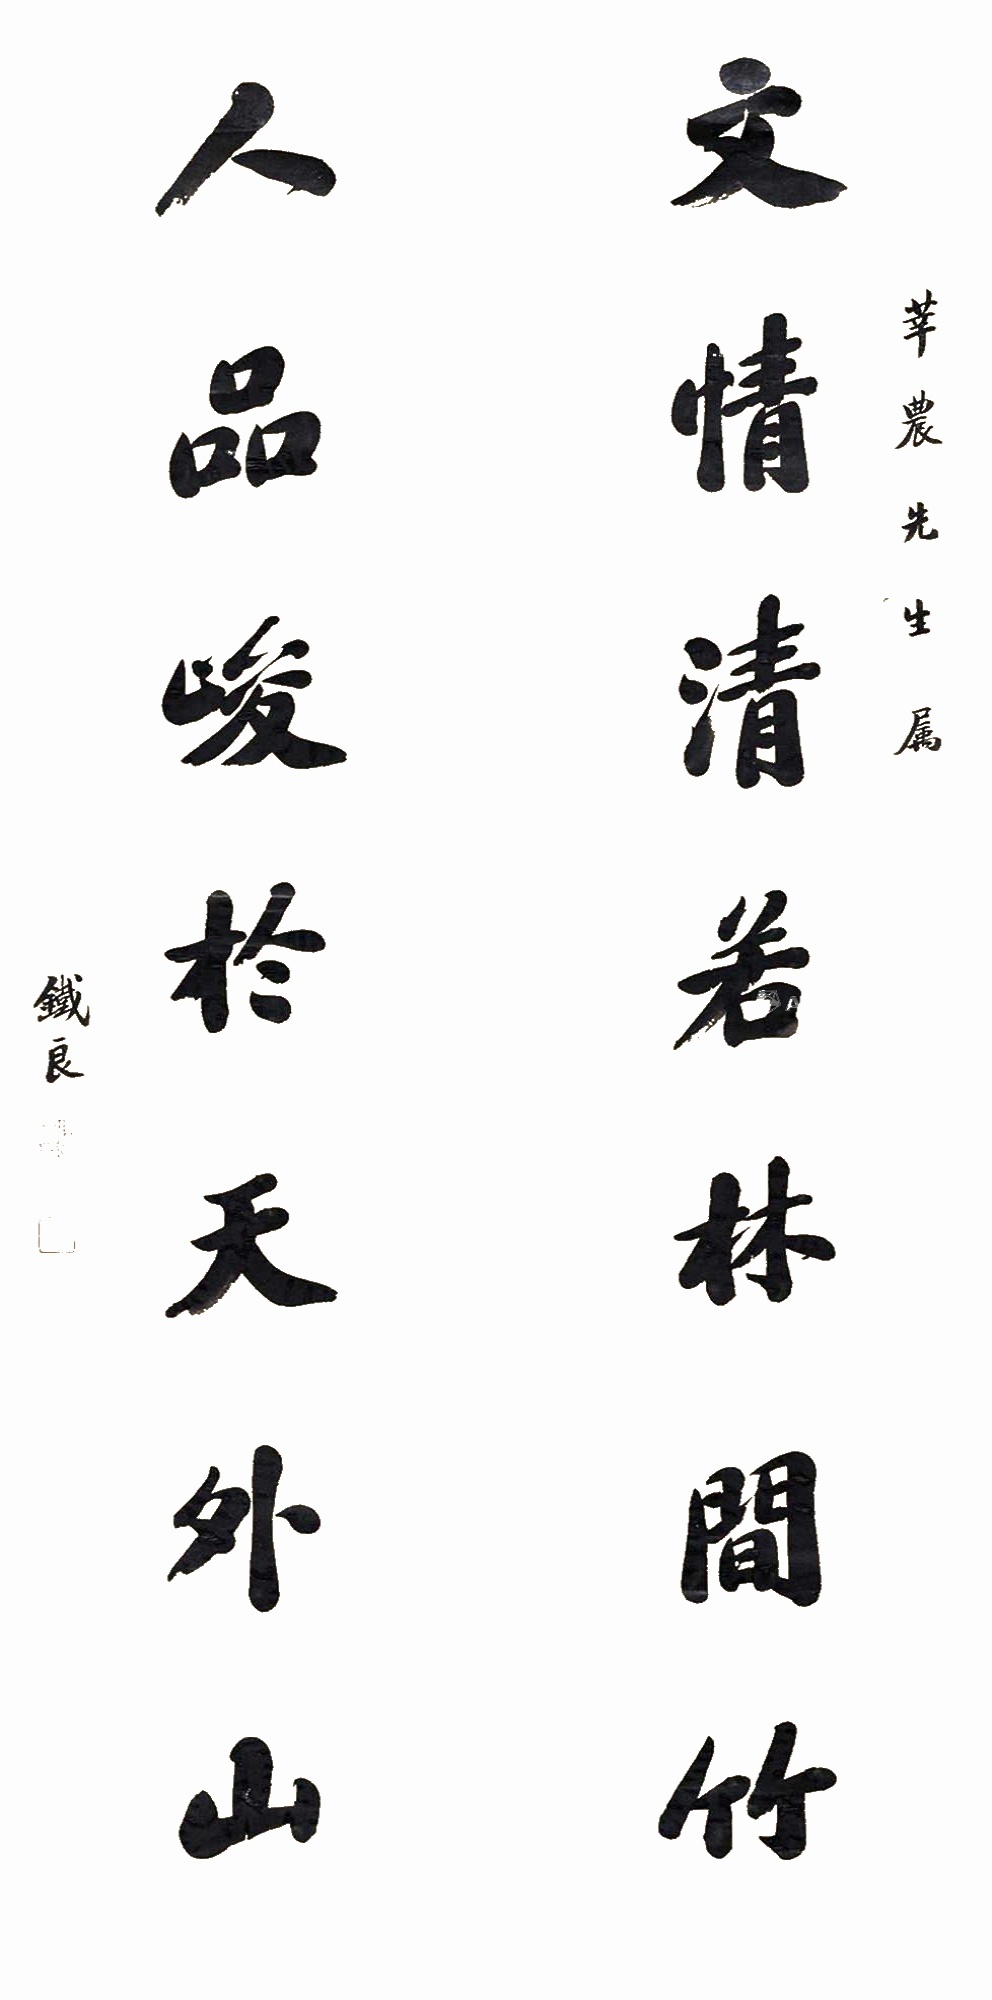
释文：文情清若林间竹，人品峻于天外山。莘农先生属，铁良。